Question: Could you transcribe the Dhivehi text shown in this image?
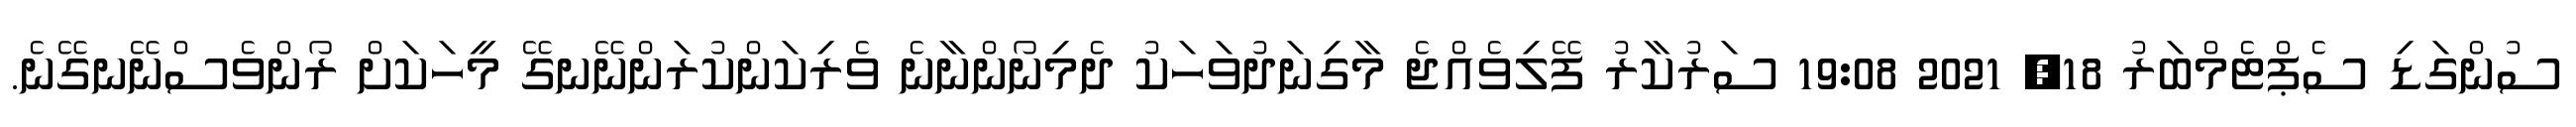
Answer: ސުންގަޑި ސެޕްޓެމްބަރު 18, 2021 19:08 ސަރުކާރު ފޭލިވެއްޖެ މާގިނަދުވަހަކު ދެމިނޯންނާނެ ވެރިކަންކުރަންނޭނގޭ މީހަކަށް ރޯންވެސްނޭނގޭނެ.